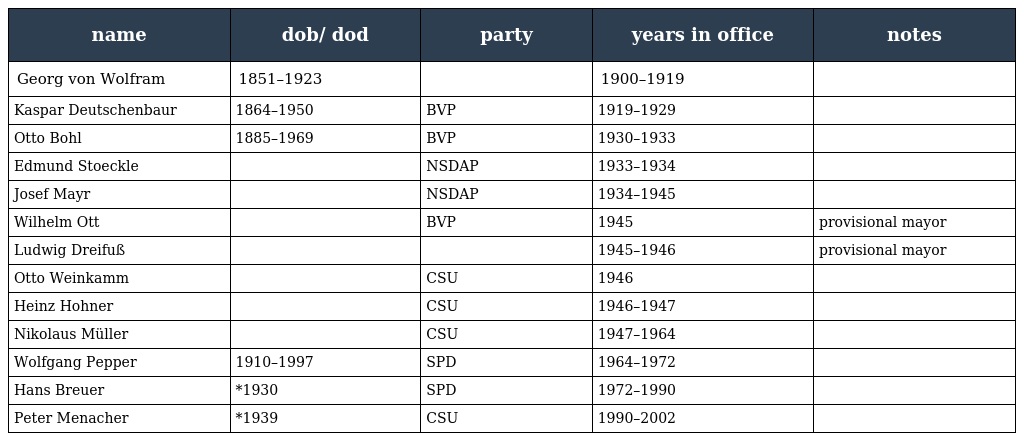
| name | dob/ dod | party | years in office | notes |
 | --- | --- | --- | --- | --- |
 | Georg von Wolfram | 1851–1923 |  | 1900–1919 |  |
 | Kaspar Deutschenbaur | 1864–1950 | BVP | 1919–1929 |  |
 | Otto Bohl | 1885–1969 | BVP | 1930–1933 |  |
 | Edmund Stoeckle |  | NSDAP | 1933–1934 |  |
 | Josef Mayr |  | NSDAP | 1934–1945 |  |
 | Wilhelm Ott |  | BVP | 1945 | provisional mayor |
 | Ludwig Dreifuß |  |  | 1945–1946 | provisional mayor |
 | Otto Weinkamm |  | CSU | 1946 |  |
 | Heinz Hohner |  | CSU | 1946–1947 |  |
 | Nikolaus Müller |  | CSU | 1947–1964 |  |
 | Wolfgang Pepper | 1910–1997 | SPD | 1964–1972 |  |
 | Hans Breuer | *1930 | SPD | 1972–1990 |  |
 | Peter Menacher | *1939 | CSU | 1990–2002 |  |